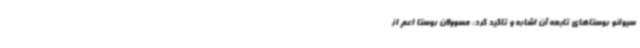
سیوانو روستاهای تابعه آن اشاره و تاکید کرد: مسوولان روستا اعم از